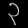
Digit: ၃